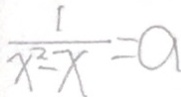
\frac { 1 } { x ^ { 2 } - x } = a